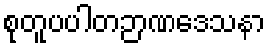
စုတူပပါတဉာဏဒေသနာ